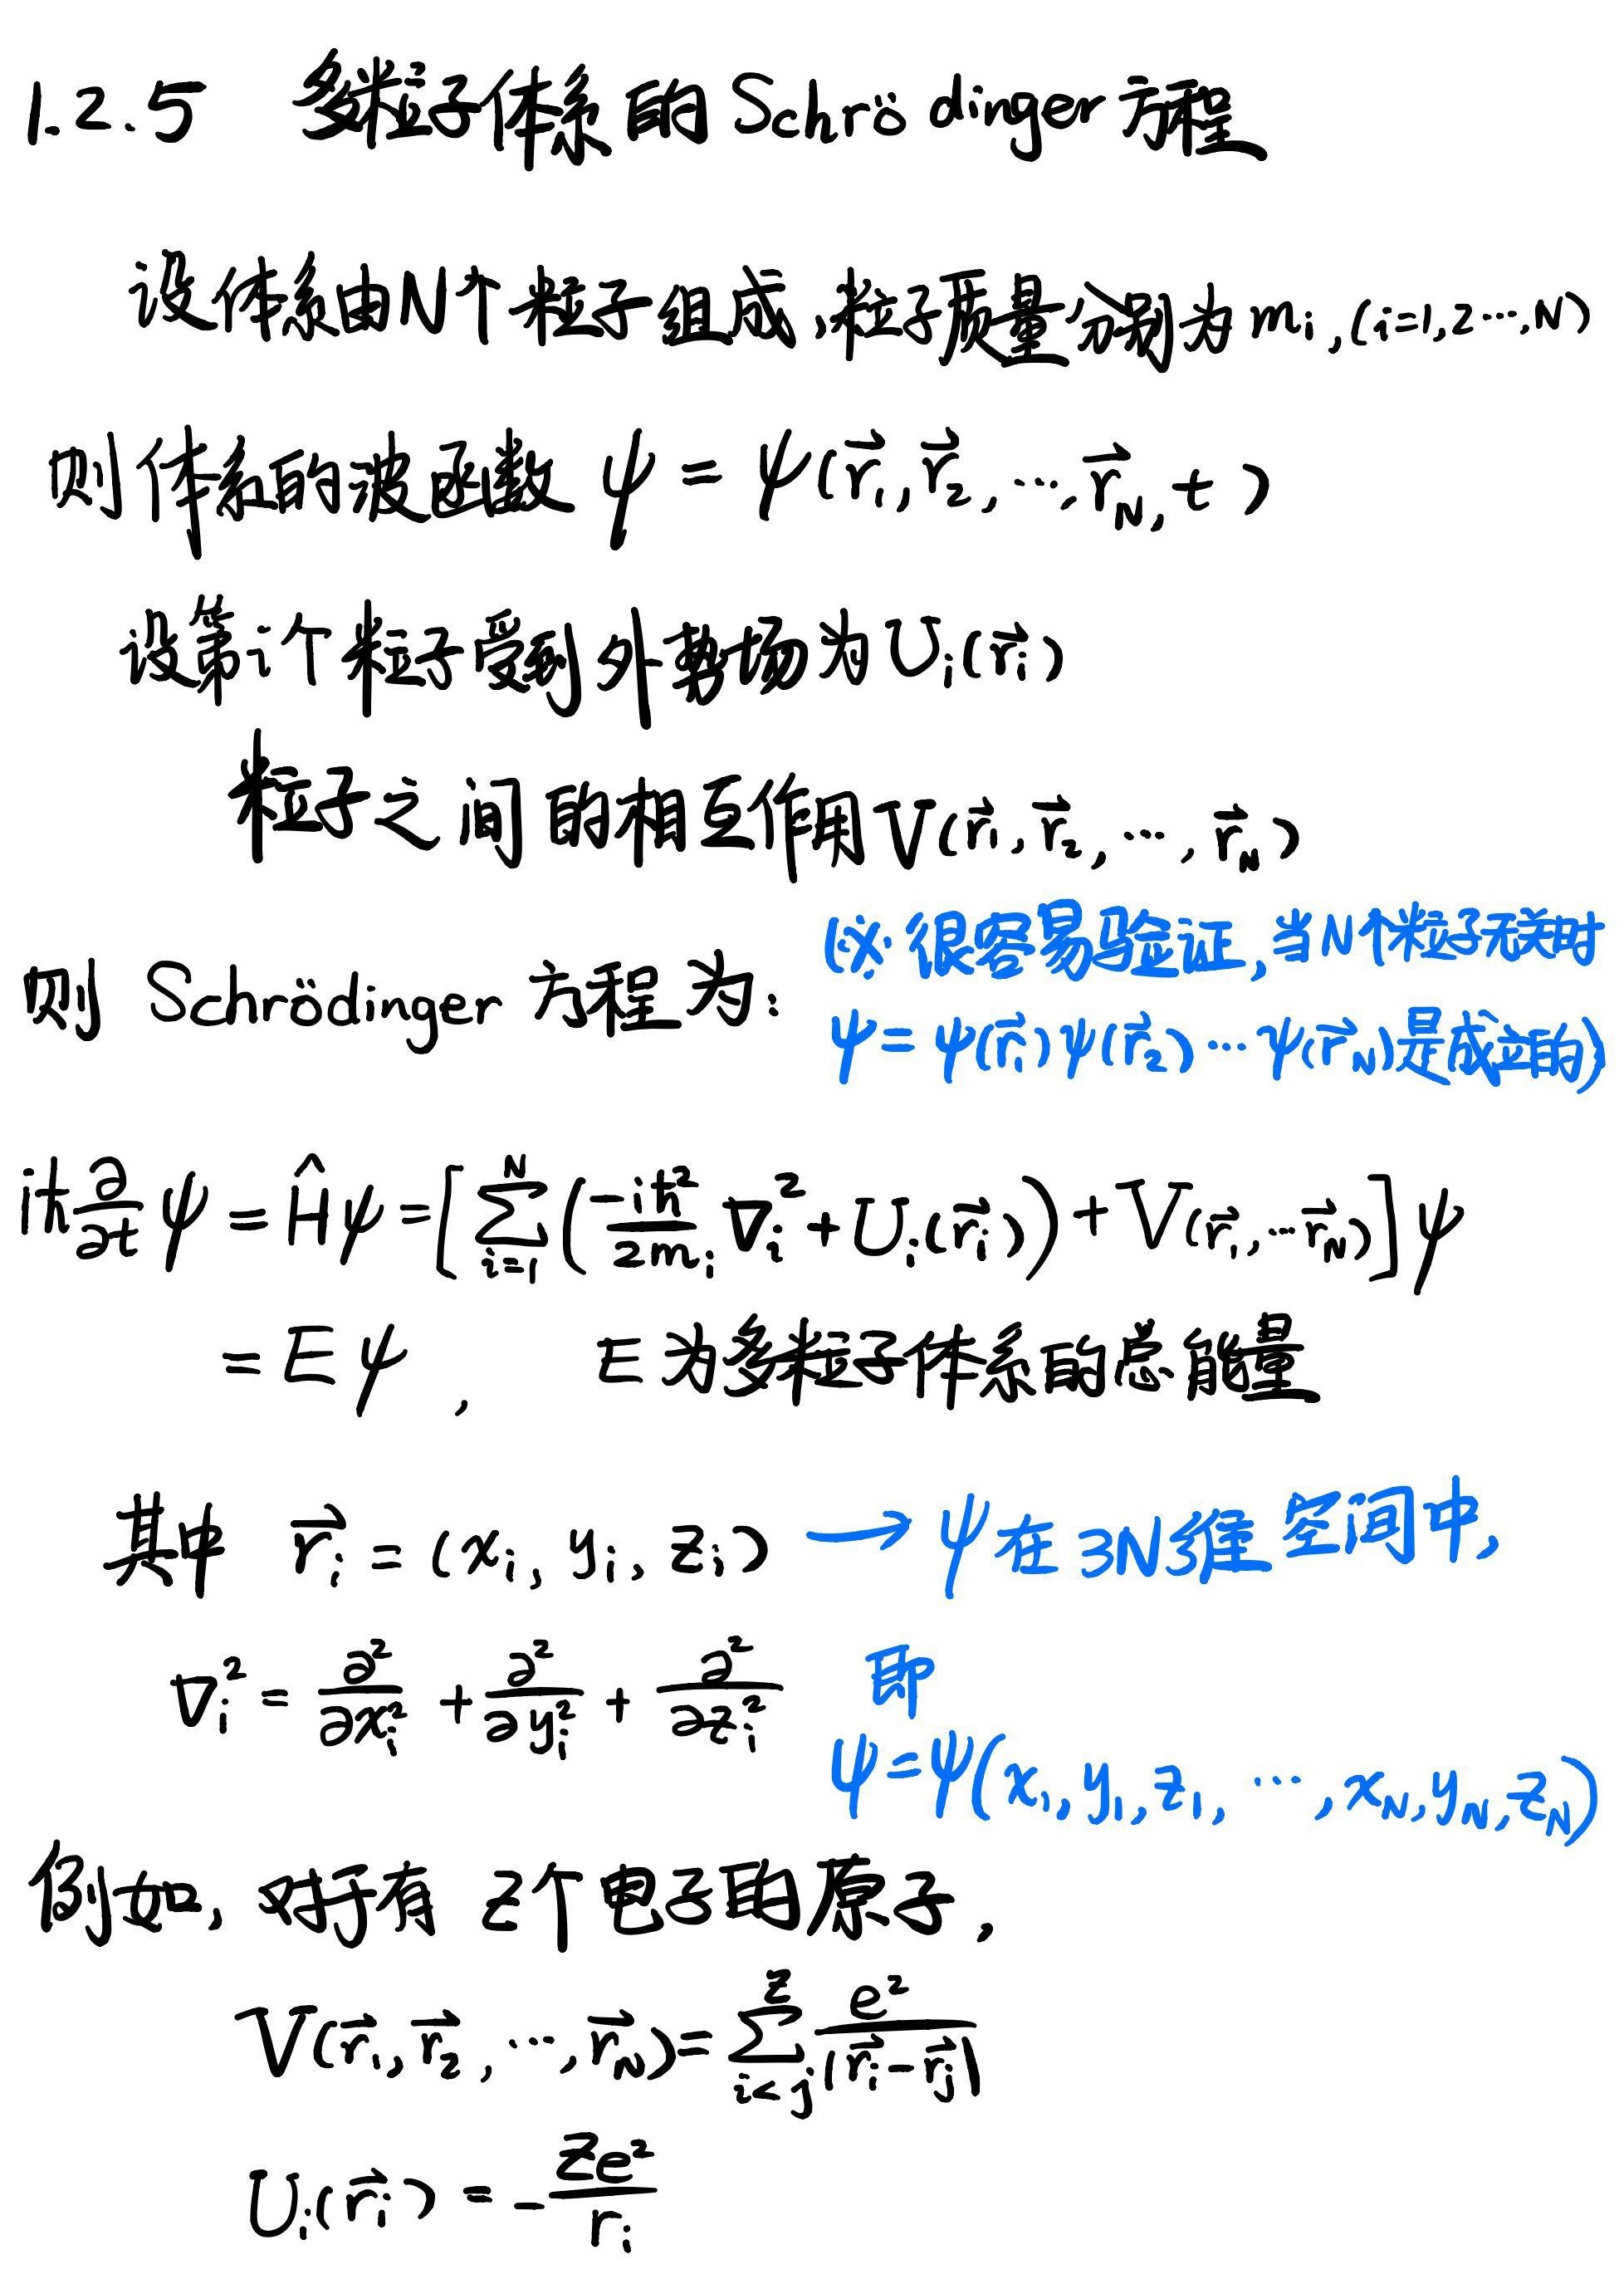
1.2.5 多粒子体系的 Schrödinger方程
设体系由N个粒子组成，粒子质量分别为\(m_{i},(i = 1,2,\cdots,N)\)
则体系的波函数\(\psi=\psi(\vec{r}_{1},\vec{r}_{2},\cdots,\vec{r}_{N},t)\)
设第\(i\)个粒子受到外势场为\(U_{i}(\vec{r}_{i})\)
粒子之间的相互作用\(V(\vec{r}_{1},\vec{r}_{2},\cdots,\vec{r}_{N})\)
则 Schrödinger 方程为：（这很容易验证，当N个粒子无关时\(\psi = \psi(\vec{r}_{1})\psi(\vec{r}_{2})\cdots\psi(\vec{r}_{N})\)是成立的）
\[
\begin{align*}
i\hbar\frac{\partial}{\partial t}\psi&=\hat{H}\psi=\left[\sum_{i = 1}^{N}\left(\frac{-i\hbar^{2}}{2m_{i}}\nabla_{i}^{2}+U_{i}(\vec{r}_{i})\right)+V(\vec{r}_{1},\cdots\vec{r}_{N})\right]\psi\\
&=E\psi\ ,\quad E为多粒子体系的总能量
\end{align*}
\]
其中 \(\vec{r}_{i}=(x_{i},y_{i},z_{i})\to\psi\)在 \(3N\)维空间中，
\(\nabla_{i}^{2}=\frac{\partial^{2}}{\partial x_{i}^{2}}+\frac{\partial^{2}}{\partial y_{i}^{2}}+\frac{\partial^{2}}{\partial z_{i}^{2}}\) 即 \(\psi=\psi(x_{1},y_{1},z_{1},\cdots,x_{N},y_{N},z_{N})\)
例如，对于有 \(Z\)个电子的原子，
\[
\begin{align*}
V(\vec{r}_{1},\vec{r}_{2},\cdots,\vec{r}_{n})&=\sum_{i < j}^{Z}\frac{e^{2}}{|\vec{r}_{i}-\vec{r}_{j}|}\\
U_{i}(\vec{r}_{i})&=-\frac{Ze^{2}}{r_{i}}
\end{align*}
\]